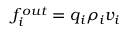
f _ { i } ^ { o u t } = q _ { i } \rho _ { i } v _ { i }